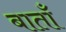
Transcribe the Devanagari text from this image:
बाताँ